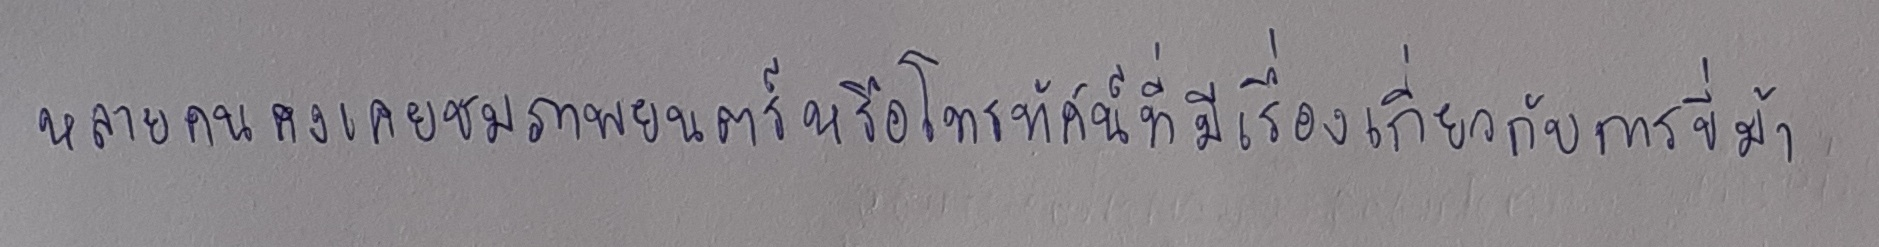
หลายคนคงเคยชมภาพยนตร์หรือโทรทัศน์ที่มีเรื่องเกี่ยวกับการขี่ม้า